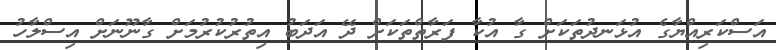
އަސްކަރިއްޔާގެ އުޅަނދުތަކަށް ގާ އުކާ ފަރާތްތަކަށް ދޭ އަދަބު އިތުރުކުރުމަށް ގާނޫނަށް އިސްލާހު